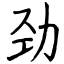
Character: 劲